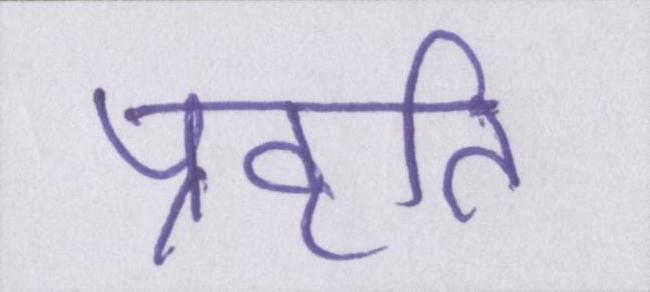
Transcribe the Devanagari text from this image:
प्रवृति